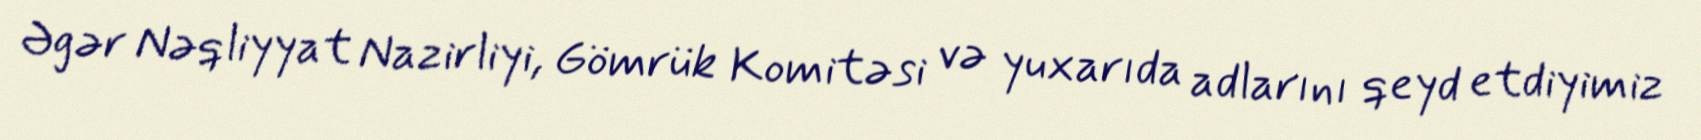
Əgər Nəqliyyat Nazirliyi, Gömrük Komitəsi və yuxarıda adlarını qeyd etdiyimiz